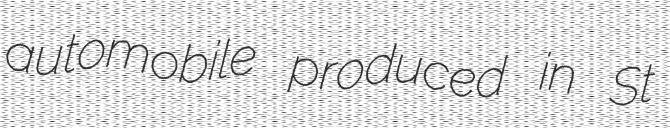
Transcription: automobile produced in St